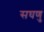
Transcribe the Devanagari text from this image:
सघणु